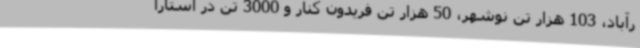
رآباد، 103 هزار تن نوشهر، 50 هزار تن فریدون کنار و 3000 تن در آستارا